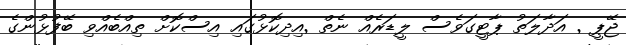
ޖޭޕީ